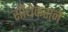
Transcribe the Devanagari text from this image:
सौंधेकराने